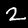
Digit: 2